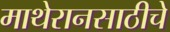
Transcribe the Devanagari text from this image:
माथेरानसाठीचे